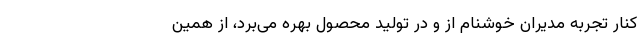
کنار تجربه مدیران خوشنام از و در تولید محصول بهره می‌برد، از همین